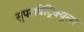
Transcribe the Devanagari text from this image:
सुपरावेंट्रिक्यूलर